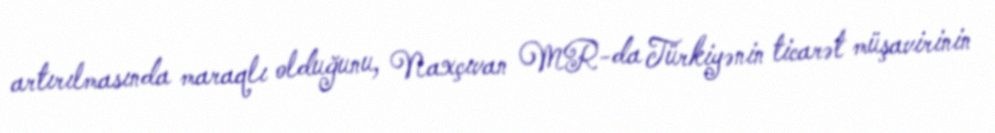
artırılmasında maraqlı olduğunu, Naxçıvan MR-da Türkiyənin ticarət müşavirinin